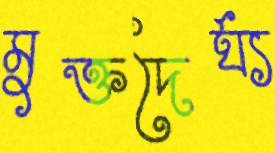
মুক্তদৈর্ঘ্য